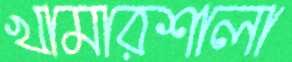
খামারশালা